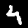
Label: 4